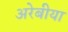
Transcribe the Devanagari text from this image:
अरेबीया